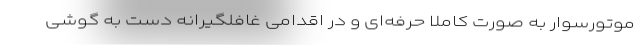
موتورسوار به صورت کاملا حرفه‌ای و در اقدامی غافلگیرانه دست به گوشی